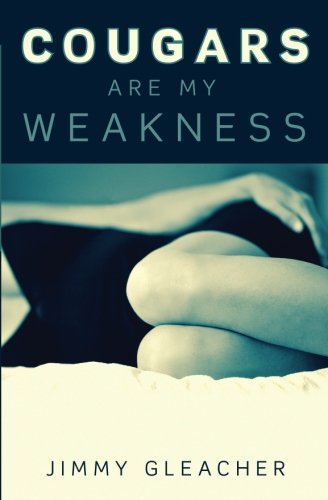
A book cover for Cougars Are My Weakness: Erotic Short Stories; Jimmy Gleacher; Romance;